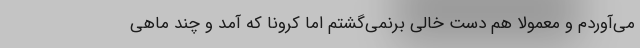
می‌آوردم و معمولاً هم دست خالی برنمی‌گشتم اما کرونا که آمد و چند ماهی